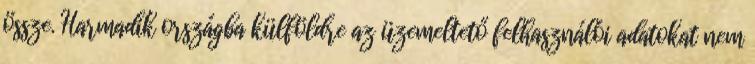
össze. Harmadik országba külföldre az üzemeltető felhasználói adatokat nem